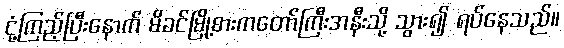
ငုံ့ကြည့်ပြီးနောက် မိခင်မြို့စားကတော်ကြီးအနီးသို့ သွား၍ ရပ်နေသည်။